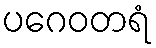
ပဂေဝတရံ